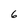
Character: 6